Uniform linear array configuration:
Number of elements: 16
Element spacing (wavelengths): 0.75
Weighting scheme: hamming
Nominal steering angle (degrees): -45
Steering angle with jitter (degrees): -46.661
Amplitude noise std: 0.05
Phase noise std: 0.05

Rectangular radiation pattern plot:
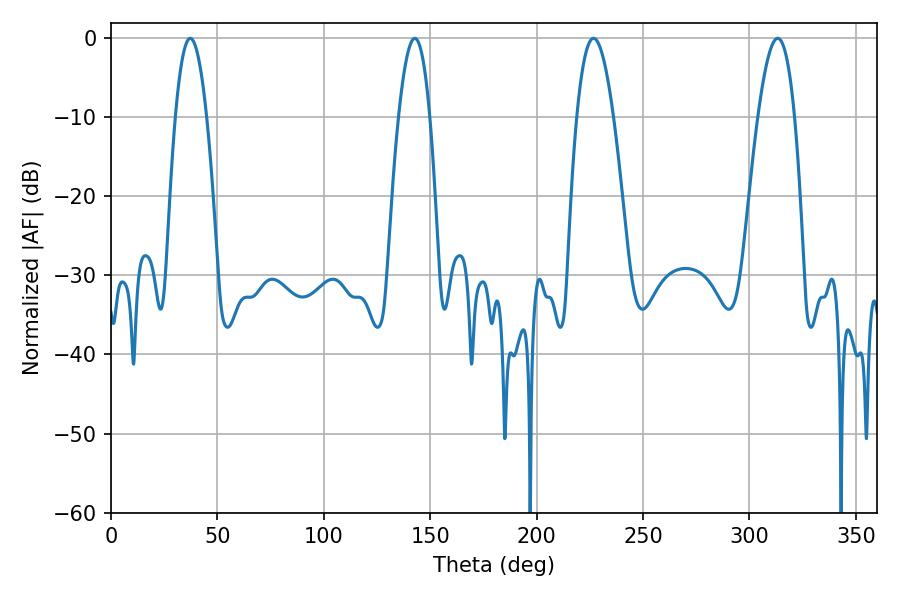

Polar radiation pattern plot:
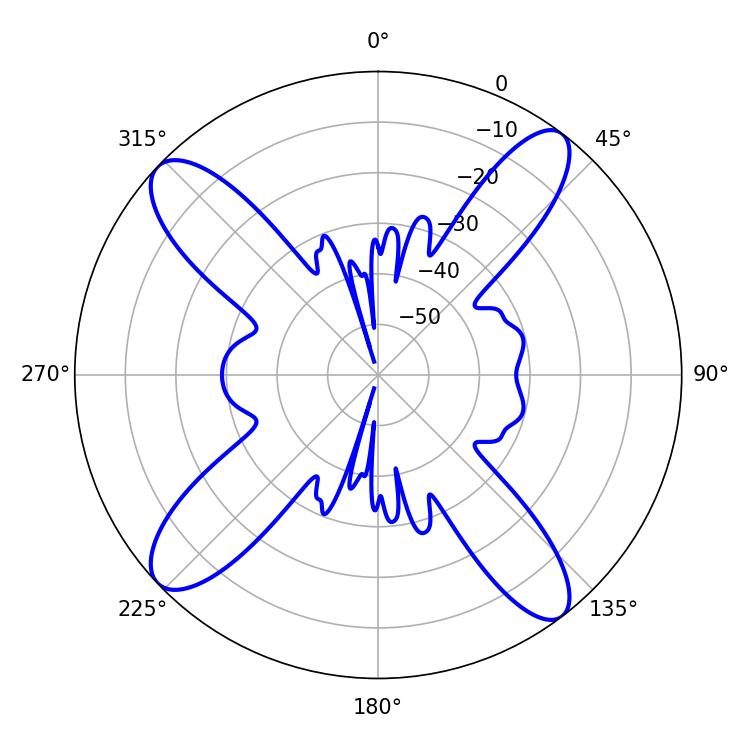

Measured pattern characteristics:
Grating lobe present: TRUE
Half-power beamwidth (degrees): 8.1
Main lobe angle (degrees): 37.26